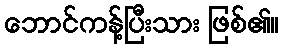
ဘောင်ကန့်ပြီးသား ဖြစ်၏။